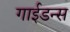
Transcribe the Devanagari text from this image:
गाईडन्स